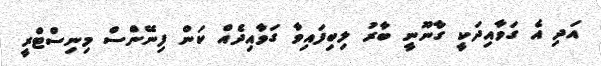
އަދި އެ ގަވާއިދަކީ ގާނޫނީ ބާރު ލިިބިފައިވާ ގަވާއިދެއް ކަން ފިނޭންސް މިނިސްޓްރީ